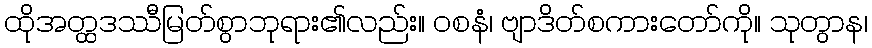
ထိုအတ္ထဒဿီမြတ်စွာဘုရား၏လည်း။ ဝစနံ၊ ဗျာဒိတ်စကားတော်ကို။ သုတွာန၊